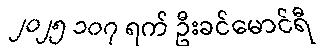
၂၀၂၅ ၁၀၇ ရက် ဦးခင်မောင်ရီ